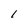
Character: I